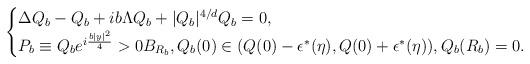
LaTeX: \begin{align*}\begin{cases}\Delta Q_{b}-Q_{b}+ib\Lambda Q_{b}+|Q_{b}|^{4/d}Q_{b}=0,\\P_{b}\equiv Q_{b}e^{i\frac{b|y|^{2}}{4}}>0 B_{R_{b}},Q_{b}(0)\in (Q(0)-\epsilon^{*}(\eta),Q(0)+\epsilon^{*}(\eta)), Q_{b}(R_{b})=0.\end{cases}\end{align*}